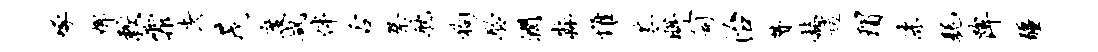
啄婢较霏去茂度咸伴舌祭耽狗聆润淼惟苓眸笥治赞赫逍瑁漆耗陴疆